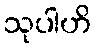
သုပါဟိ